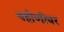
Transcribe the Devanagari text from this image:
बहीणींवर